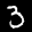
Label: 3